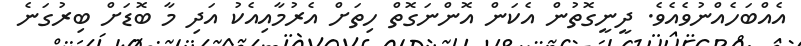
އެއްބަހެއްނުވެއެވެ. ދީނީގޮތުން އެކަން އޮންނަގޮތް ހިތަށް އެރުމާއިއެކު އަދި މާ ބޮޑަށް ބިރުގަނެ